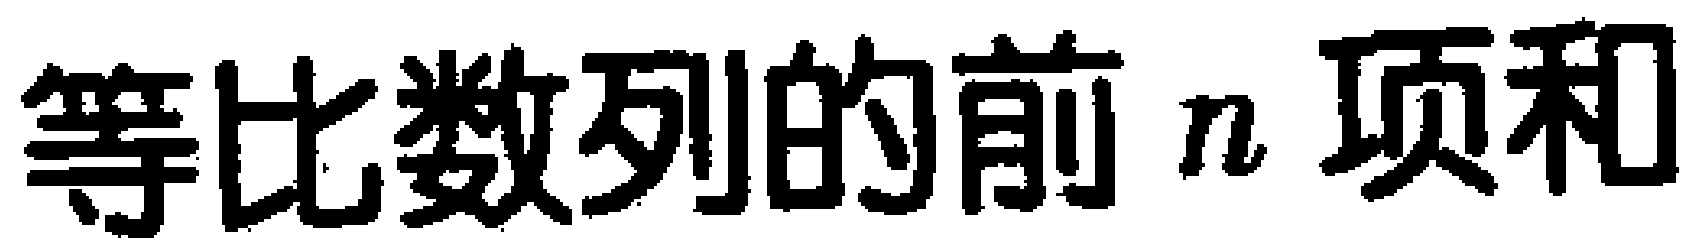
等比数列的前 \(n\) 项和